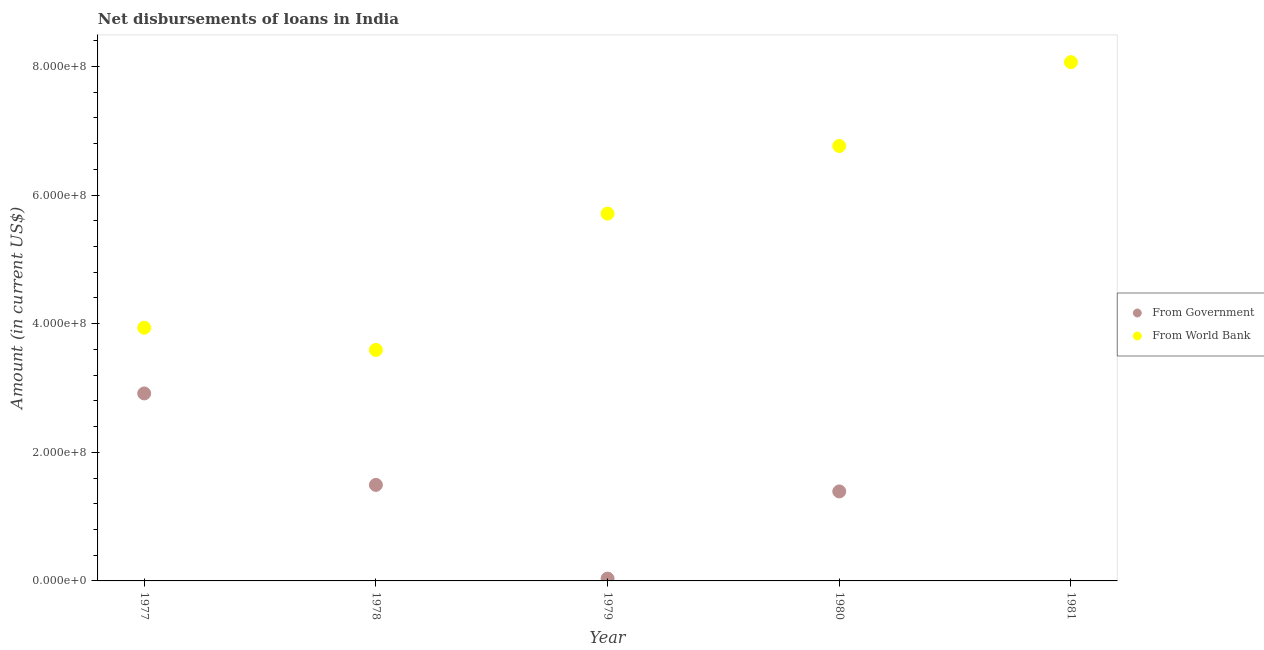
| Year | From Government | From World Bank |
 | --- | --- | --- |
 | 1977 | 2.92e+08 | 3.94e+08 |
 | 1978 | 1.49e+08 | 3.59e+08 |
 | 1979 | 3.59e+06 | 5.71e+08 |
 | 1980 | 1.39e+08 | 6.76e+08 |
 | 1981 | -4.2e+07 | 8.07e+08 |